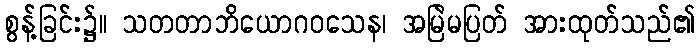
စွန့်ခြင်း၌။ သတတာဘိယောဂဝသေန၊ အမြဲမပြတ် အားထုတ်သည်၏